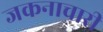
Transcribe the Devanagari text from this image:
जकनाचारी